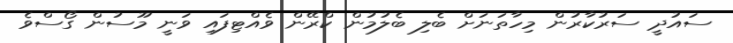
ސައުދީ ސަރުކާރުން މިހާތަނަށް ބެލި ބެލުމުން ކްރޭން ވެއްޓިފައި ވަނީ މޫސުން ގޯސްވެ